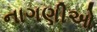
નાગણીઓ